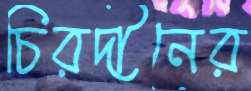
চিরদীনের